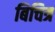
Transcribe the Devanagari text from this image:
बिचित्र